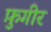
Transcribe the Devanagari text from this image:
फ़ुगीर